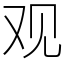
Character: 观